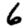
Digit: 6